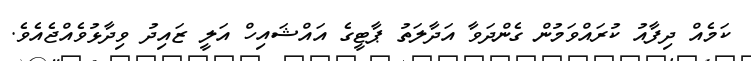
ކަމެއް ދިފާއު ކުރައްވަމުން ގެންދަވާ އަދާލަތު ޕާޓީގެ އައްޝައިހް އަލީ ޒައިދު ވިދާޅުވެއްޖެއެވެ.